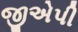
જીએપી